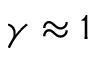
\gamma \approx 1